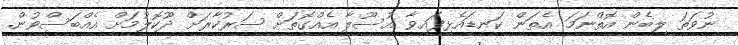
ނުވަތަ ލިބެން އޮތްނަމަ އެތަން ކަނޑައެޅިފައިވާ އުސޫލާ އެއްގޮތަށް ސަރުކާރަށް ދޫކޮލުމަށް އެއްބަސްވުން.